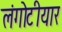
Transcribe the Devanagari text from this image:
लंगोटीयार